Lunatic asylums United Prov. 1922-30 - 1922-1930
Year: 1922
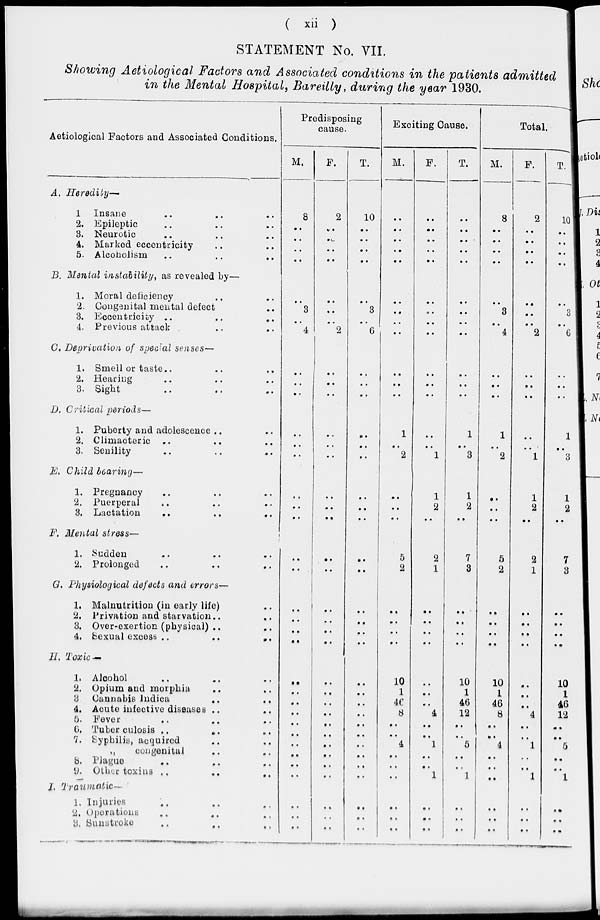
( xii )
STATEMENT No. VII.
Showing Aetiological Factors and Associated conditions in the patients admitted
in the Mental Hospital, Bareilly, during the year 1930.
Aetiological Factors and Associated Conditions.
A.
B.
C.
D.
E.
F.
G.
H.
I.
Heredity—
1 Insane .. .. ..
2. Epileptic .. .. ..
3. Neurotic .. .. ..
4. Marked eccentricity .. ..
5. Alcoholism .. .. ..
Mental instability, as revealed by—
1. Moral deficiency .. ..
2. Congenital mental defect ..
3. Eccentricity .. .. ..
4. Previous attack .. ..
Deprivation of special senses—
1. Smell or taste .. .. ..
2. Hearing .. .. ..
3. Sight .. .. ..
Critical periods—
1. Puberty and adolescence .. ..
2. Climacteric ..
.. ..
3. Senility
..
..
..
Child bearing—
1. Pregnancy .. .. ..
2. Puerperal .. .. ..
3. Lactation
..
..
..
Mental stress—
1. Sudden .. .. ..
2. Prolonged
..
..
..
. Physiological defects and errors—
1. Malnutrition (in early life) ..
2. Privation and starvation .. ..
3. Over-exertion (physical) .. ..
4. Sexual excess ..
..
..
Toxic —
1. Alcohol .. .. ..
2. Opium and morphia .. ..
3. Cannabis Indica .. ..
4. Acute infective diseases .. ..
5. Fever .. .. ..
6. Tuber culosis ..
.. ..
7. Syphilis, acquired .. ..
„
congenital .. ..
8. Plague .. .. ..
9. Other toxins
..
..
..
Traumatic—
1. Injuries .. .. ..
2. operations .. .. ..
3. Sunstroke .. .. ..
Predisposing
cause.
M.
8
..
..
..
..
..
3
..
4
..
..
..
..
..
..
..
..
..
..
..
..
..
..
..
..
..
..
..
..
..
..
..
..
..
..
..
..
F.
2
..
..
..
..
..
..
..
2
..
..
..
..
..
..
..
..
..
..
..
..
..
..
..
..
..
..
..
..
..
..
..
..
..
..
..
..
T.
10
..
..
..
..
..
3
..
6
..
..
..
..
..
..
..
..
..
..
..
..
..
..
..
..
..
..
..
..
..
..
..
..
..
..
..
..
Exciting Cause.
M.
..
..
..
..
..
..
..
..
..
..
..
..
1
..
2
..
..
..
5
2
..
..
..
..
10
1
46
8
..
..
4
..
..
..
..
..
..
F.
..
..
..
..
..
..
..
..
..
..
..
..
..
..
1
1
2
..
2
1
..
..
..
..
..
..
..
4
..
..
1
..
..
1
..
..
..
T.
..
..
..
..
..
..
..
..
..
..
..
..
1
..
3
1
2
..
7
3
..
..
..
..
10
1
46
12
..
..
5
..
..
1
..
..
..
Total.
M.
8
..
..
..
..
..
3
..
4
..
..
..
1
..
2
..
..
..
5
2
..
..
..
..
10
1
46
8
..
..
4
..
..
..
..
..
..
F.
2
..
..
..
..
..
..
..
2
..
..
..
..
..
1
1
2
..
2
1
..
..
..
..
..
..
..
4
..
..
1
..
..
1
..
..
..
T.
10
..
..
..
..
..
3
..
6
..
..
..
1
..
3
1
2
..
7
3
..
..
..
..
10
1
46
12
..
..
5
..
..
1
..
..
..